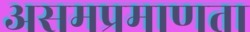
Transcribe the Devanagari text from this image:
असमप्रमाणता